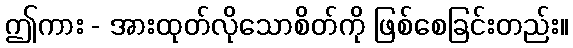
ဤကား - အားထုတ်လိုသောစိတ်ကို ဖြစ်စေခြင်းတည်း။